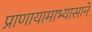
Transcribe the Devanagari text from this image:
प्राणायामाभ्यासाने